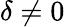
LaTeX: \delta\ne 0